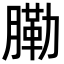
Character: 𦟯